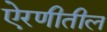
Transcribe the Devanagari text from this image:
ऐरणीतील